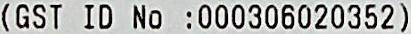
(GST ID NO :000306020352)